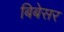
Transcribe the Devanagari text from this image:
बिबेसर